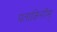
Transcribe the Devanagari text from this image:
पताकिनीम्